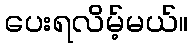
ပေးရလိမ့်မယ်။